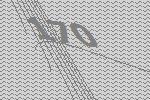
170